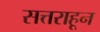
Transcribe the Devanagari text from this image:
सत्तराहून